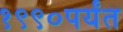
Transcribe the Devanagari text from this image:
१९९०पर्यंत